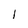
Character: 1